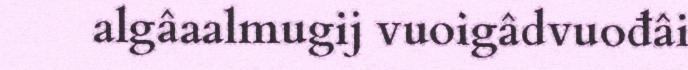
algâaalmugij vuoigâdvuođâi